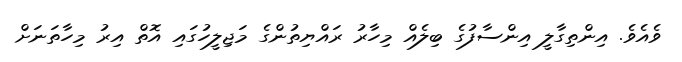
ވެއެވެ. އިންތިގާލީ އިންސާފުގެ ބިލެއް މިހާރު ރައްޔިތުންގެ މަޖިލީހުގައި އޮތް އިރު މިހާތަނަށް